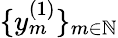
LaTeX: \{ y_{m}^{(1)}\} _{m\in\mathbb{N}}